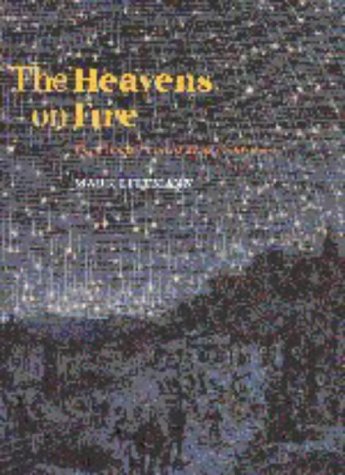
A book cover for The Heavens on Fire: The Great Leonid Meteor Storms; Mark Littmann; Science & Math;